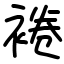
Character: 裷